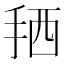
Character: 𢬣